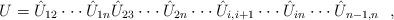
LaTeX: \begin{align*}U = \hat{U}_{12} \cdot \cdot \cdot \hat{U}_{1n}\hat{U}_{23}\cdot \cdot \cdot \hat{U}_{2n} \cdot \cdot \cdot \hat{U}_{i, i+1}\cdot \cdot \cdot \hat{U}_{in} \cdot \cdot \cdot \hat{U}_{n-1, n} \ \ ,\end{align*}